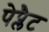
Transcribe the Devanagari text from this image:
पेप्लैट